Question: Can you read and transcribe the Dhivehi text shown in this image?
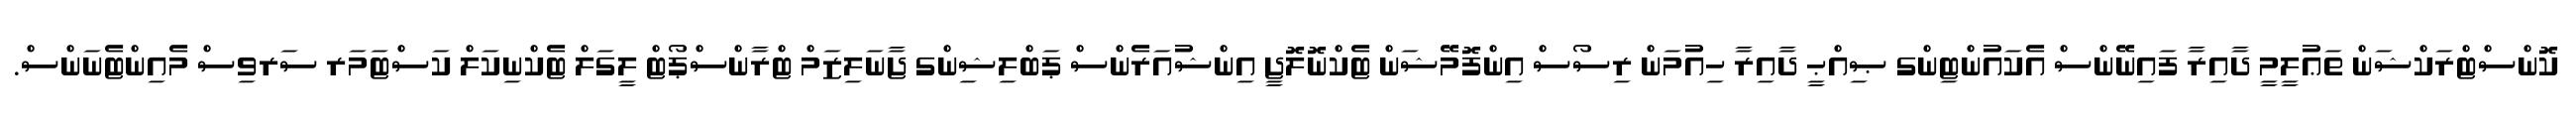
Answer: ކޮންސްޓްރަކްޝަން ތަޢުލީމީ ދާއިރާ ފައިނޭންސް އެކައުންޓިންގ ޞިއްޙީ ދާއިރާ ހިއުމަން ރިސޯސް އިންފޮމޭޝަން ޓެކްނޮލޮޖީ އިންޝުއަރެންސް ޕަބްލިޝިންގ ޖާނަލިޒަމް ޓްރާންސްޕޯޓް ލީގަލް ޓެކްނިކަލް ކަސްޓަމަރ ސަރވިސް މެއިންޓެނަންސް.